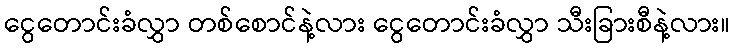
ငွေတောင်းခံလွှာ တစ်စောင်နဲ့လား ငွေတောင်းခံလွှာ သီးခြားစီနဲ့လား။